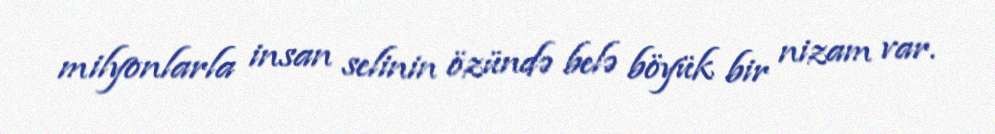
milyonlarla insan selinin özündə belə böyük bir nizam var.